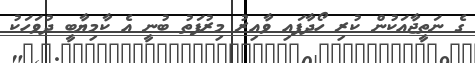
ގެ ނަތީޖާއަކުން ކުރި ހޯދާފައި ވާއިރު މިރުފަތު ބުނީ އެ ކާމިޔާބީ ދުވަހަކު